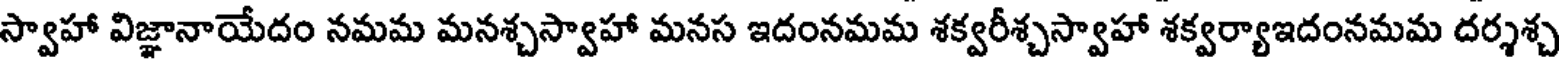
స్వాహా విజ్ఞానాయేదం నమమ మనశ్చస్వాహా మనస ఇదంనమమ శక్వరీశ్చస్వాహా శక్వర్యాఇదంనమమ దర్శశ్చ